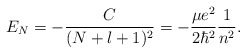
\begin{align*}E_{N}=-\frac{C}{(N+l+1)^{2}}=-\frac{\mu e^{2}}{2\hbar ^{2}}\frac{1}{n^{2}}.\end{align*}